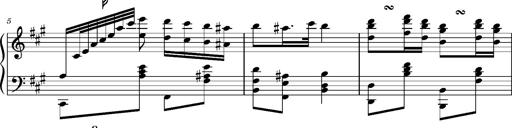
Title: Ungarischer Romanzero
Composer: Franz Liszt